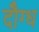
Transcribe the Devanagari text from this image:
दौग्ध